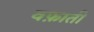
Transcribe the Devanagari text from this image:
वफ़ाती